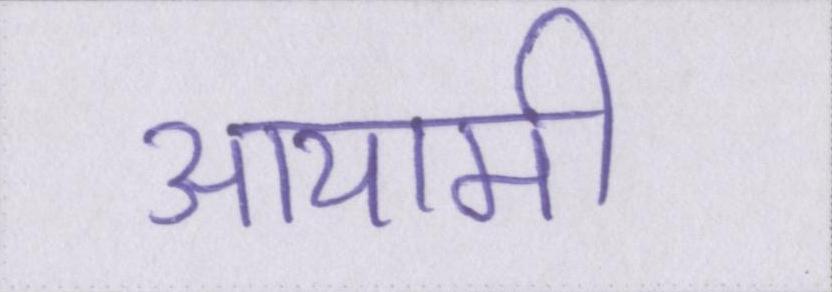
आयामी